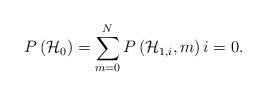
\begin{align*}P\left( { \mathcal{H} }_{ 0 } \right) =\sum _{ m=0 }^{ N }{ P\left( { \mathcal{H} }_{ 1,i },m \right) i = 0 }. \end{align*}